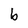
Character: b